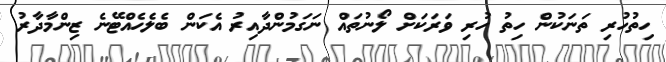
ހިތުހުރި ތަނަކުން ހިތު ހުރި ވަރަކަށް ލޯނުތައް ނަގަމުންދާއިރު އެކަން ބެލެހެއްޓޭނެ ޒިންމާދާރު